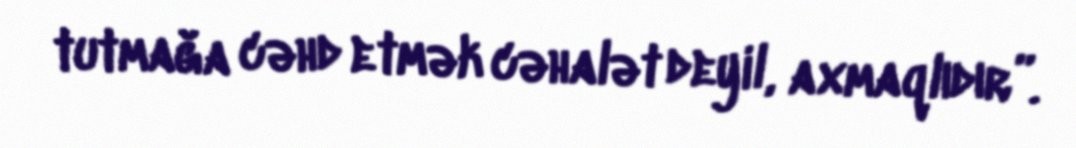
tutmağa cəhd etmək cəhalət deyil, axmaqlıdır”.